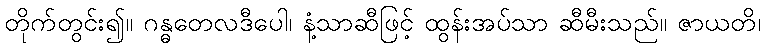
တိုက်တွင်း၍။ ဂန္ဓတေလဒီပေါ၊ နံ့သာဆီဖြင့် ထွန်းအပ်သာ ဆီမီးသည်။ ဇာယတိ၊